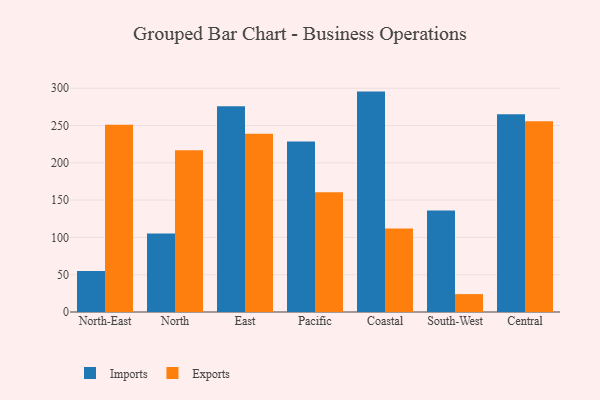
{"axis": {"x": "Region", "y": "Customer Acquisition Cost (USD)"}, "legend": ["Exports", "Imports"], "data": [{"x": "North-East", "y": 55.0, "type": "Imports"}, {"x": "North-East", "y": 250.9, "type": "Exports"}, {"x": "North", "y": 105.1, "type": "Imports"}, {"x": "North", "y": 217.0, "type": "Exports"}, {"x": "East", "y": 275.7, "type": "Imports"}, {"x": "East", "y": 239.0, "type": "Exports"}, {"x": "Pacific", "y": 228.5, "type": "Imports"}, {"x": "Pacific", "y": 160.5, "type": "Exports"}, {"x": "Coastal", "y": 295.5, "type": "Imports"}, {"x": "Coastal", "y": 111.9, "type": "Exports"}, {"x": "South-West", "y": 136.2, "type": "Imports"}, {"x": "South-West", "y": 24.0, "type": "Exports"}, {"x": "Central", "y": 265.2, "type": "Imports"}, {"x": "Central", "y": 255.7, "type": "Exports"}]}